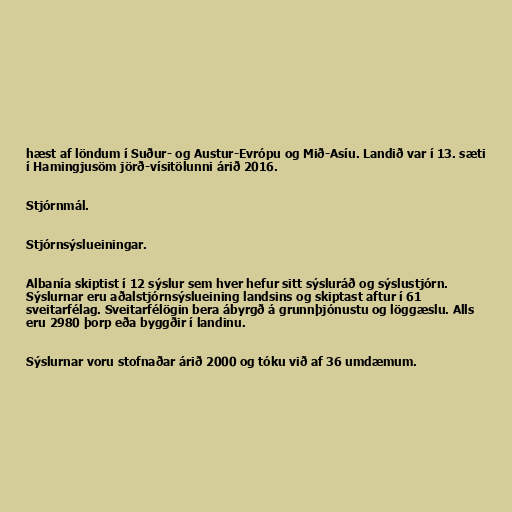
hæst af löndum í Suður- og Austur-Evrópu og Mið-Asíu. Landið var í 13. sæti
í Hamingjusöm jörð-vísitölunni árið 2016.

Stjórnmál.

Stjórnsýslueiningar.

Albanía skiptist í 12 sýslur sem hver hefur sitt sýsluráð og sýslustjórn.
Sýslurnar eru aðalstjórnsýslueining landsins og skiptast aftur í 61
sveitarfélag. Sveitarfélögin bera ábyrgð á grunnþjónustu og löggæslu. Alls
eru 2980 þorp eða byggðir í landinu.

Sýslurnar voru stofnaðar árið 2000 og tóku við af 36 umdæmum.